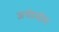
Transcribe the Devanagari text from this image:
अर्थप्रयोग